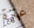
عنزة